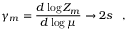
\gamma _ { m } = { \frac { d \log Z _ { m } } { d \log \mu } } \rightarrow 2 s \; \; \; ,